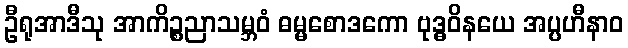
ဦရုအာဒီသု အာကိဉ္စညာသမ္ဘဝံ ဓမ္မစောဒကော ဗုဒ္ဓဝိနယေ အပ္ပဟီနာဝ